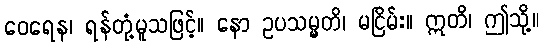
ဝေရေန၊ ရန်တုံ့မူသဖြင့်။ နော ဥပသမ္မတိ၊ မငြိမ်း။ ဣတိ၊ ဤသို့။